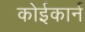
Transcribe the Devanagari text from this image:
कोईकार्न